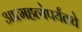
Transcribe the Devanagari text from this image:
आत्महत्येपर्यंतचे